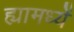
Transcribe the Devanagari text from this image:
ह्यामध्यें